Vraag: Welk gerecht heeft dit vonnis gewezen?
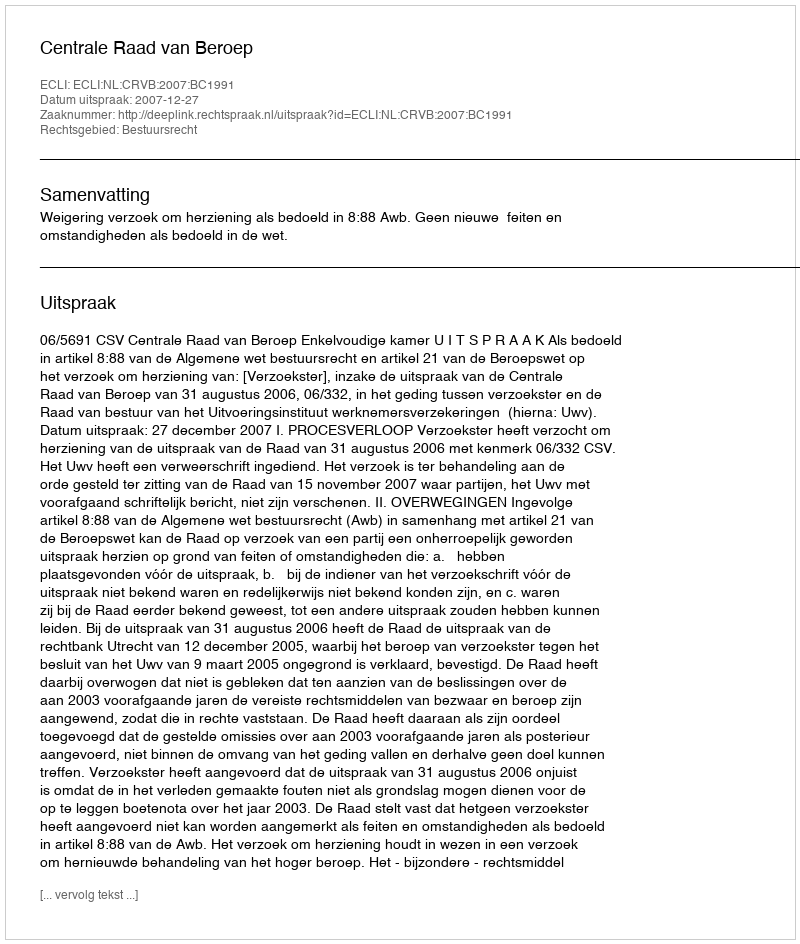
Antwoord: Centrale Raad van Beroep